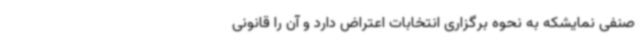
صنفی نمایشکه به نحوه برگزاری انتخابات اعتراض دارد و آن را قانونی